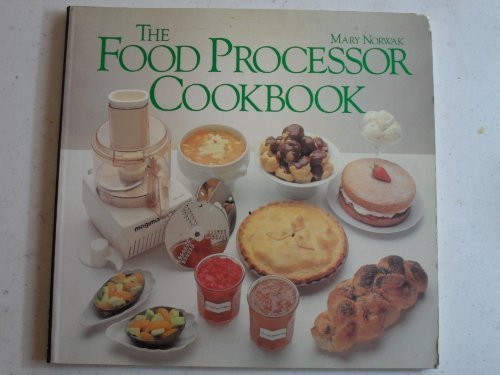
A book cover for Food Processor Cook Book; Mary Norwak; Cookbooks, Food & Wine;